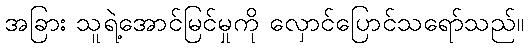
အခြား သူရဲ့အောင်မြင်မှုကို လှောင်ပြောင်သရော်သည်။